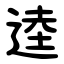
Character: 逵